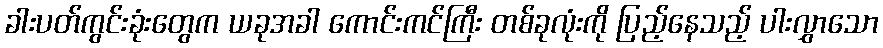
ခါးပတ်ကွင်းခုံးတွေက ယခုအခါ ကောင်းကင်ကြီး တစ်ခုလုံးကို ပြည့်နေသည့် ပါးလွှာသော